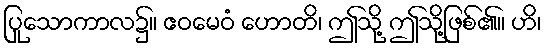
ပြုသောကာလ၌။ ဧဝမေဝံ ဟောတိ၊ ဤသို့ ဤသို့ဖြစ်၏။ ဟိ၊